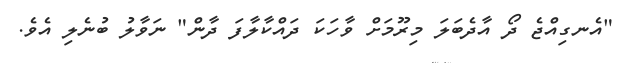
"އެނގިއްޖެ ދޯ އާދެބަލަ މިރޫމަށް ވާހަކަ ދައްކާލާފަ ދާން" ނަވާލު ބުނެލި އެވެ.